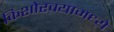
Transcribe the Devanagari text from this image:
किशोरवयामध्ये